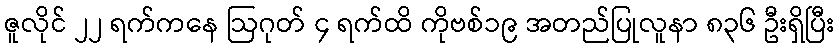
ဇူလိုင် ၂၂ ရက်ကနေ ဩဂုတ် ၄ ရက်ထိ ကိုဗစ်၁၉ အတည်ပြုလူနာ ၈၃၆ ဦးရှိပြီး